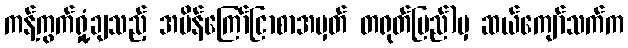
ကန့်ကွက်ရှုံ့ချသည့် အမိန်ကြော်ငြာစာအမှတ် တရုတ်ပြည်)မှ ဆယ်ကျော်သက်က